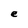
Character: e